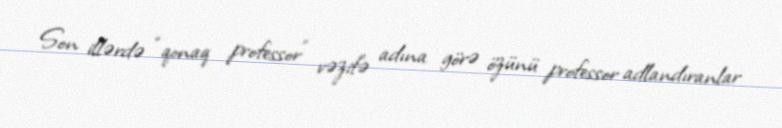
Son illərdə “qonaq professor” vəzifə adına görə özünü professor adlandıranlar